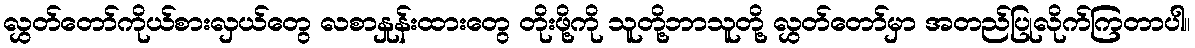
လွှတ်တော်ကိုယ်စားလှယ်တွေ လစာနှုန်းထားတွေ တိုးဖို့ကို သူတို့ဘာသူတို့ လွှတ်တော်မှာ အတည်ပြုလိုက်ကြတာပါ။